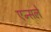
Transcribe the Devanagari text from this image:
एन्सले